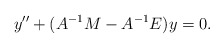
\begin{align*} y''+(A^{-1}M-A^{-1}E)y=0.\end{align*}